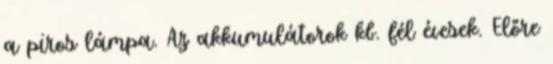
a piros lámpa. Az akkumulátorok kb. fél évesek. Előre